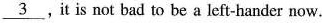
\underline{3} .It is not bad to be a left-hander now.